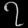
Digit: ၇